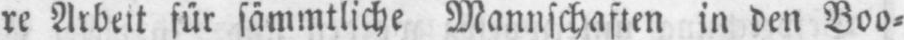
re Arbeit für sämmtliche Mannschaften in den Boo⸗